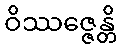
ဝိဿဇ္ဇေန္တိ